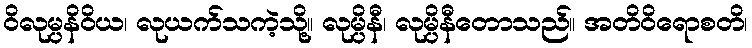
ဝိလုမ္ပနိဝိယ၊ လုယက်သကဲ့သို့။ လုမ္ပိနီ၊ လုမ္ပိနီတောသည်။ အတိဝိရောစတိ၊